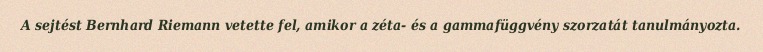
A sejtést Bernhard Riemann vetette fel, amikor a zéta- és a gammafüggvény szorzatát tanulmányozta.